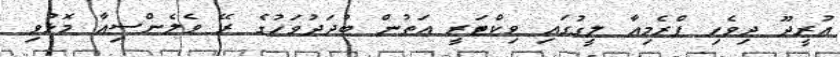
އުރީދޫ ދިވެހި ޕްރެމިއާ ލީގުގައި ވިކްޓަރީ އަތުން ބުދަދުވަހުގެ ރޭ ވެލެންސިއާ މޮޅުވި